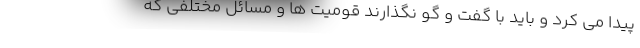
پیدا می کرد و باید با گفت و گو نگذارند قومیت ها و مسائل مختلفی که